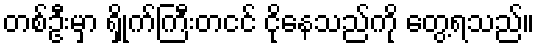
တစ်ဦးမှာ ရှိုက်ကြီးတငင် ငိုနေသည်ကို တွေ့ရသည်။